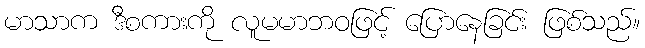
မာသာက ဒီစကားကို လူမမာဘဝဖြင့် ပြောနေခြင်း ဖြစ်သည်။